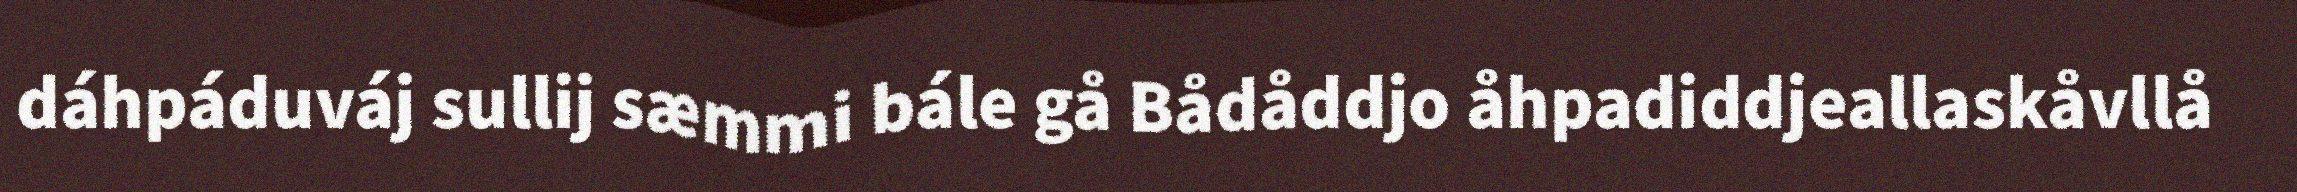
dáhpáduváj sullij sæmmi bále gå Bådåddjo åhpadiddjeallaskåvllå